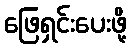
ဖြေရှင်းပေးဖို့